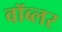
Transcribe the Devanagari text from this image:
वॉब्लर